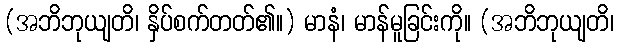
(အဘိဘုယျတိ၊ နှိပ်စက်တတ်၏။) မာနံ၊ မာန်မူခြင်းကို။ (အဘိဘုယျတိ၊